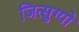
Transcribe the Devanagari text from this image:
जित्सुग्यो